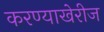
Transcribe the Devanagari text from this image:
करण्याखेरीज